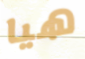
هيا